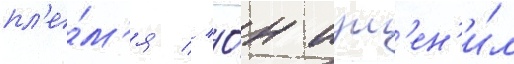
пл'е́м'я // О́н изм'ен'и́л